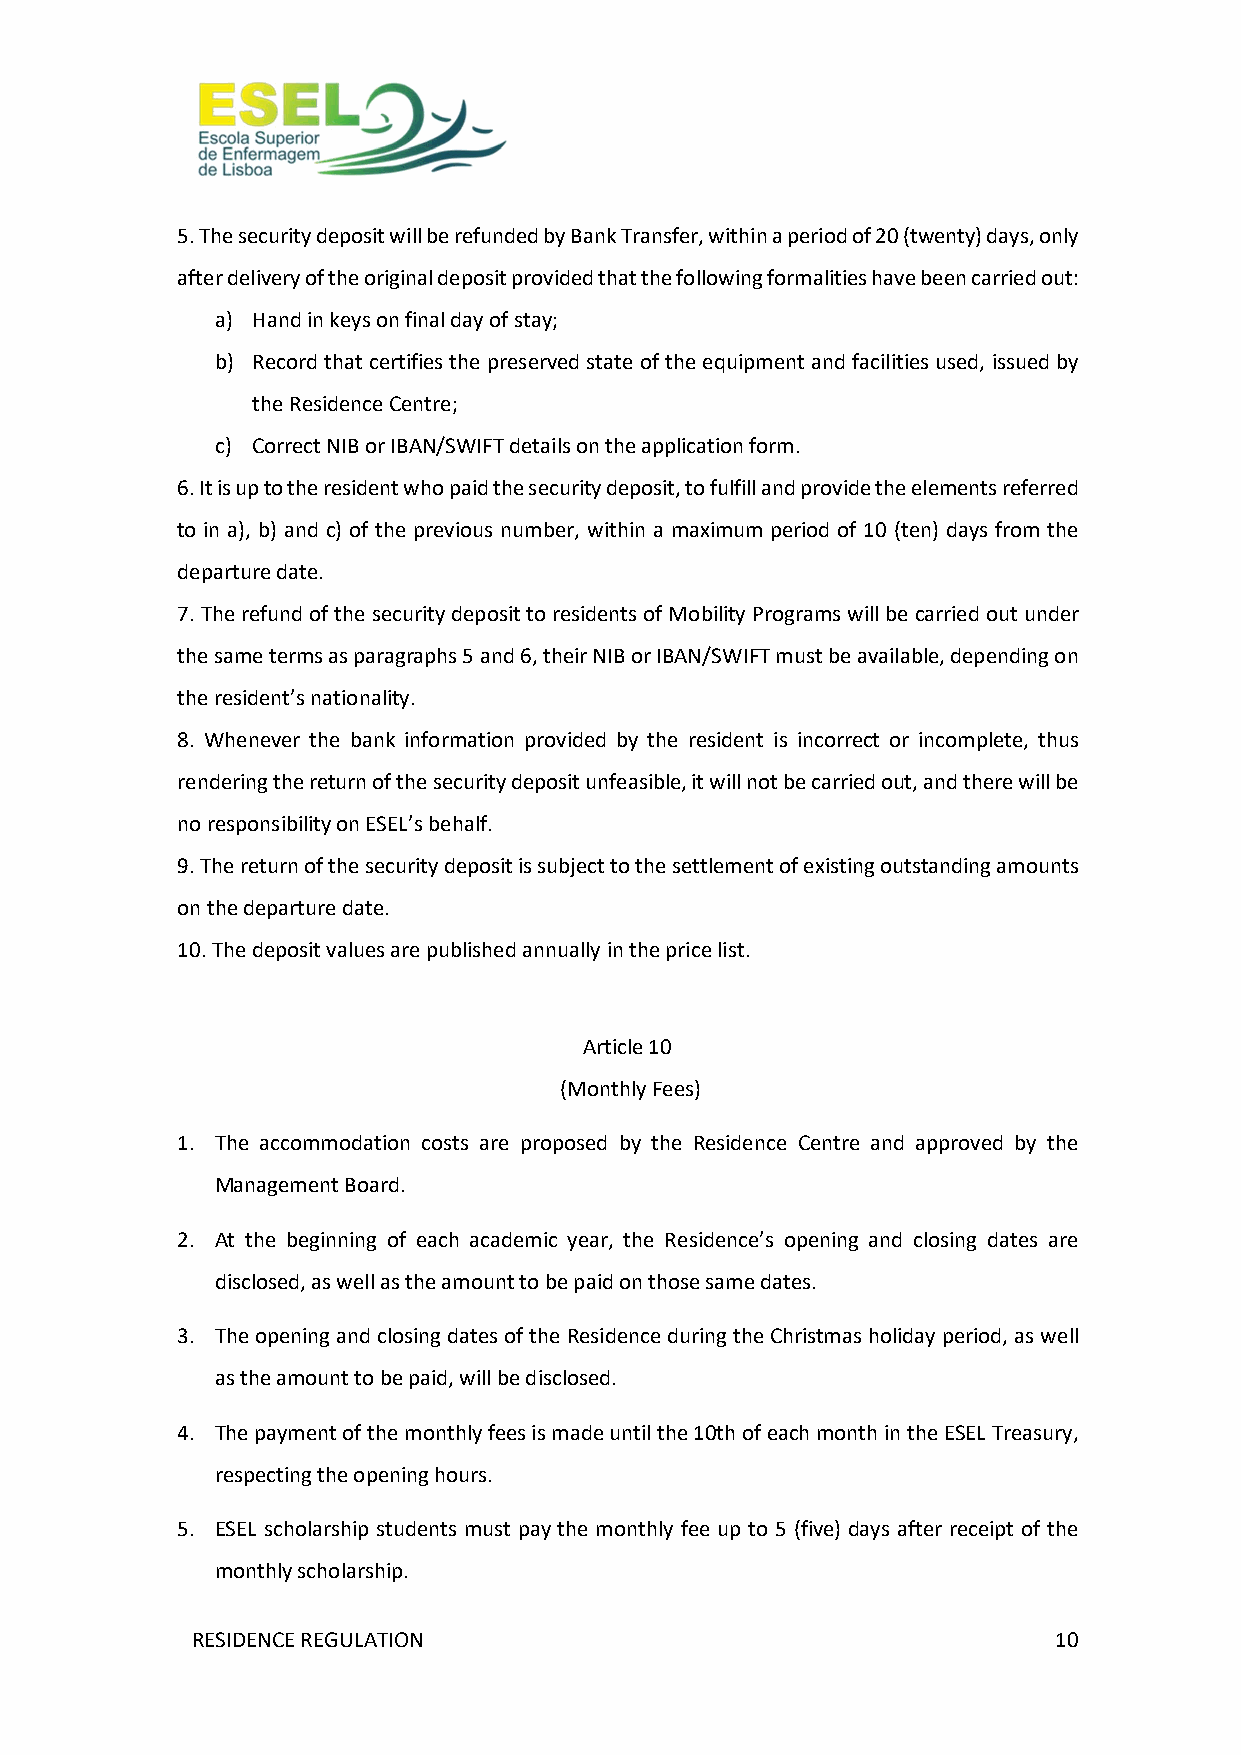
5. The security deposit will be refunded by Bank Transfer, within a period of 20 (twenty) days, only
 after delivery of the original deposit provided that the following formalities have been carried out:
 a) Hand in keys on final day of stay;
 b) Record that certifies the preserved state of the equipment and facilities used, issued by
 the Residence Centre;
 c) Correct NIB or IBAN/SWIFT details on the application form.
 6. It is up to the resident who paid the security deposit, to fulfill and provide the elements referred
 to in a), b) and c) of the previous number, within a maximum period of 10 (ten) days from the
 departure date.
 7. The refund of the security deposit to residents of Mobility Programs will be carried out under
 the same terms as paragraphs 5 and 6, their NIB or IBAN/SWIFT must be available, depending on
 the resident’s nationality.
 8. Whenever the bank information provided by the resident is incorrect or incomplete, thus
 rendering the return of the security deposit unfeasible, it will not be carried out, and there will be
 no responsibility on ESEL’s behalf.
 9. The return of the security deposit is subject to the settlement of existing outstanding amounts
 on the departure date.
 10. The deposit values are published annually in the price list.
 Article 10
 (Monthly Fees)
 1. The accommodation costs are proposed by the Residence Centre and approved by the
 Management Board.
 2. At the beginning of each academic year, the Residence’s opening and closing dates are
 disclosed, as well as the amount to be paid on those same dates.
 3. The opening and closing dates of the Residence during the Christmas holiday period, as well
 as the amount to be paid, will be disclosed.
 4. The payment of the monthly fees is made until the 10th of each month in the ESEL Treasury,
 respecting the opening hours.
 5. ESEL scholarship students must pay the monthly fee up to 5 (five) days after receipt of the
 monthly scholarship.
 RESIDENCE REGULATION                                     10